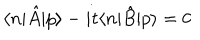
LaTeX: \langle n | \hat { A } | p \rangle - i t \langle n | \hat { B } | p \rangle = 0